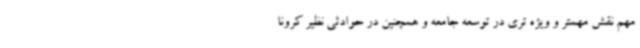
مهم نقش مهمتر و ویژه تری در توسعه جامعه و همچنین در حوادثی نظیر کرونا